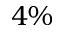
4 \%